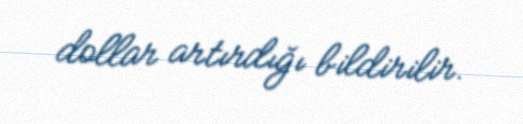
dollar artırdığı bildirilir.